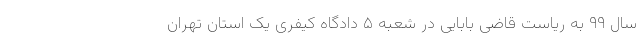
سال ۹۹ به ریاست قاضی بابایی در شعبه ۵ دادگاه کیفری یک استان تهران